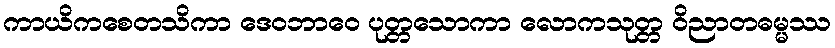
ကာယိကစေတသိကာ ဒေဝဘာဝေ ပုတ္တသောကာ လောကသုတ္တ ဝိညာတဓမ္မဿ